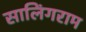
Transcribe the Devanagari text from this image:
सालिंगराम